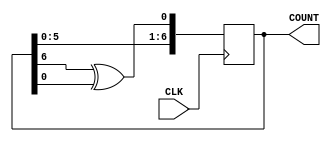
module LFSR(CLK, COUNT);
	input CLK;
	output[7:1] COUNT;
	reg[7:1] COUNT;
	initial COUNT = 7'd1;
		
	always @ (posedge CLK)
		COUNT <= {COUNT[6:1], COUNT[7] ^ COUNT[1]};
		
endmodule